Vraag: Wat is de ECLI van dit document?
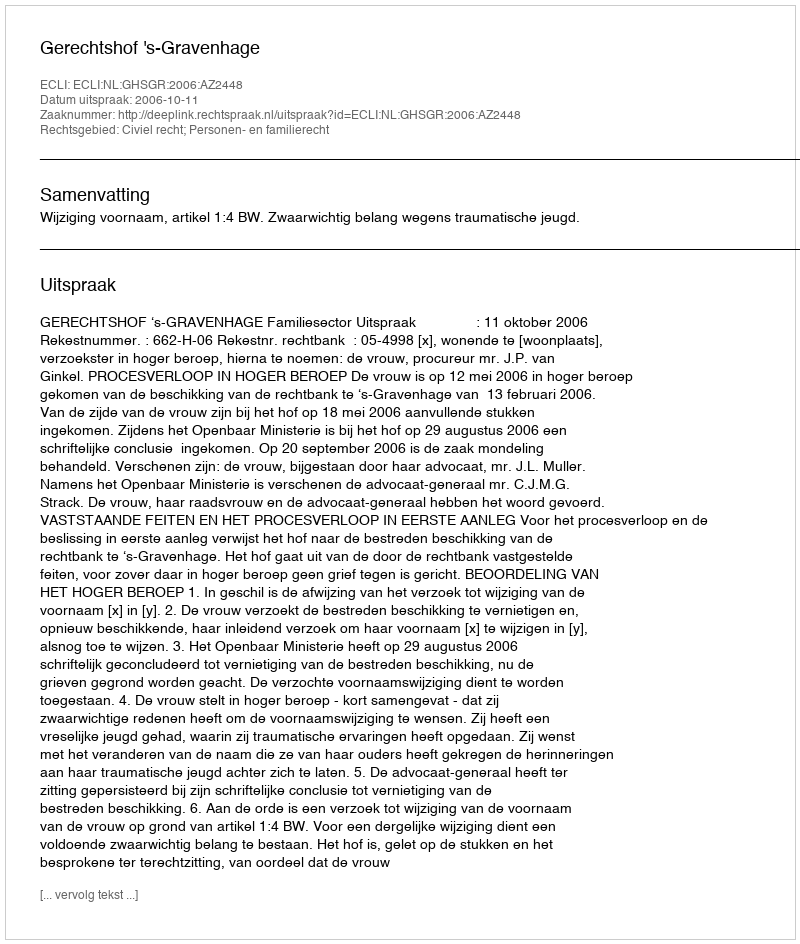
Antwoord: ECLI:NL:GHSGR:2006:AZ2448